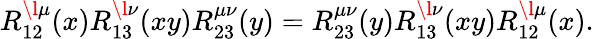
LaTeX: R_{12}^{\l\mu}(x)R_{13}^{\l\nu}(xy)R_{23}^{\mu\nu}(y)=R_{23}^{\mu\nu}(y)R_{13}^{\l\nu}(xy)R_{12}^{\l\mu}(x).